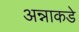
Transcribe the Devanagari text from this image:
अन्नाकडे